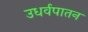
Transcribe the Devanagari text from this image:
उधर्वपातन